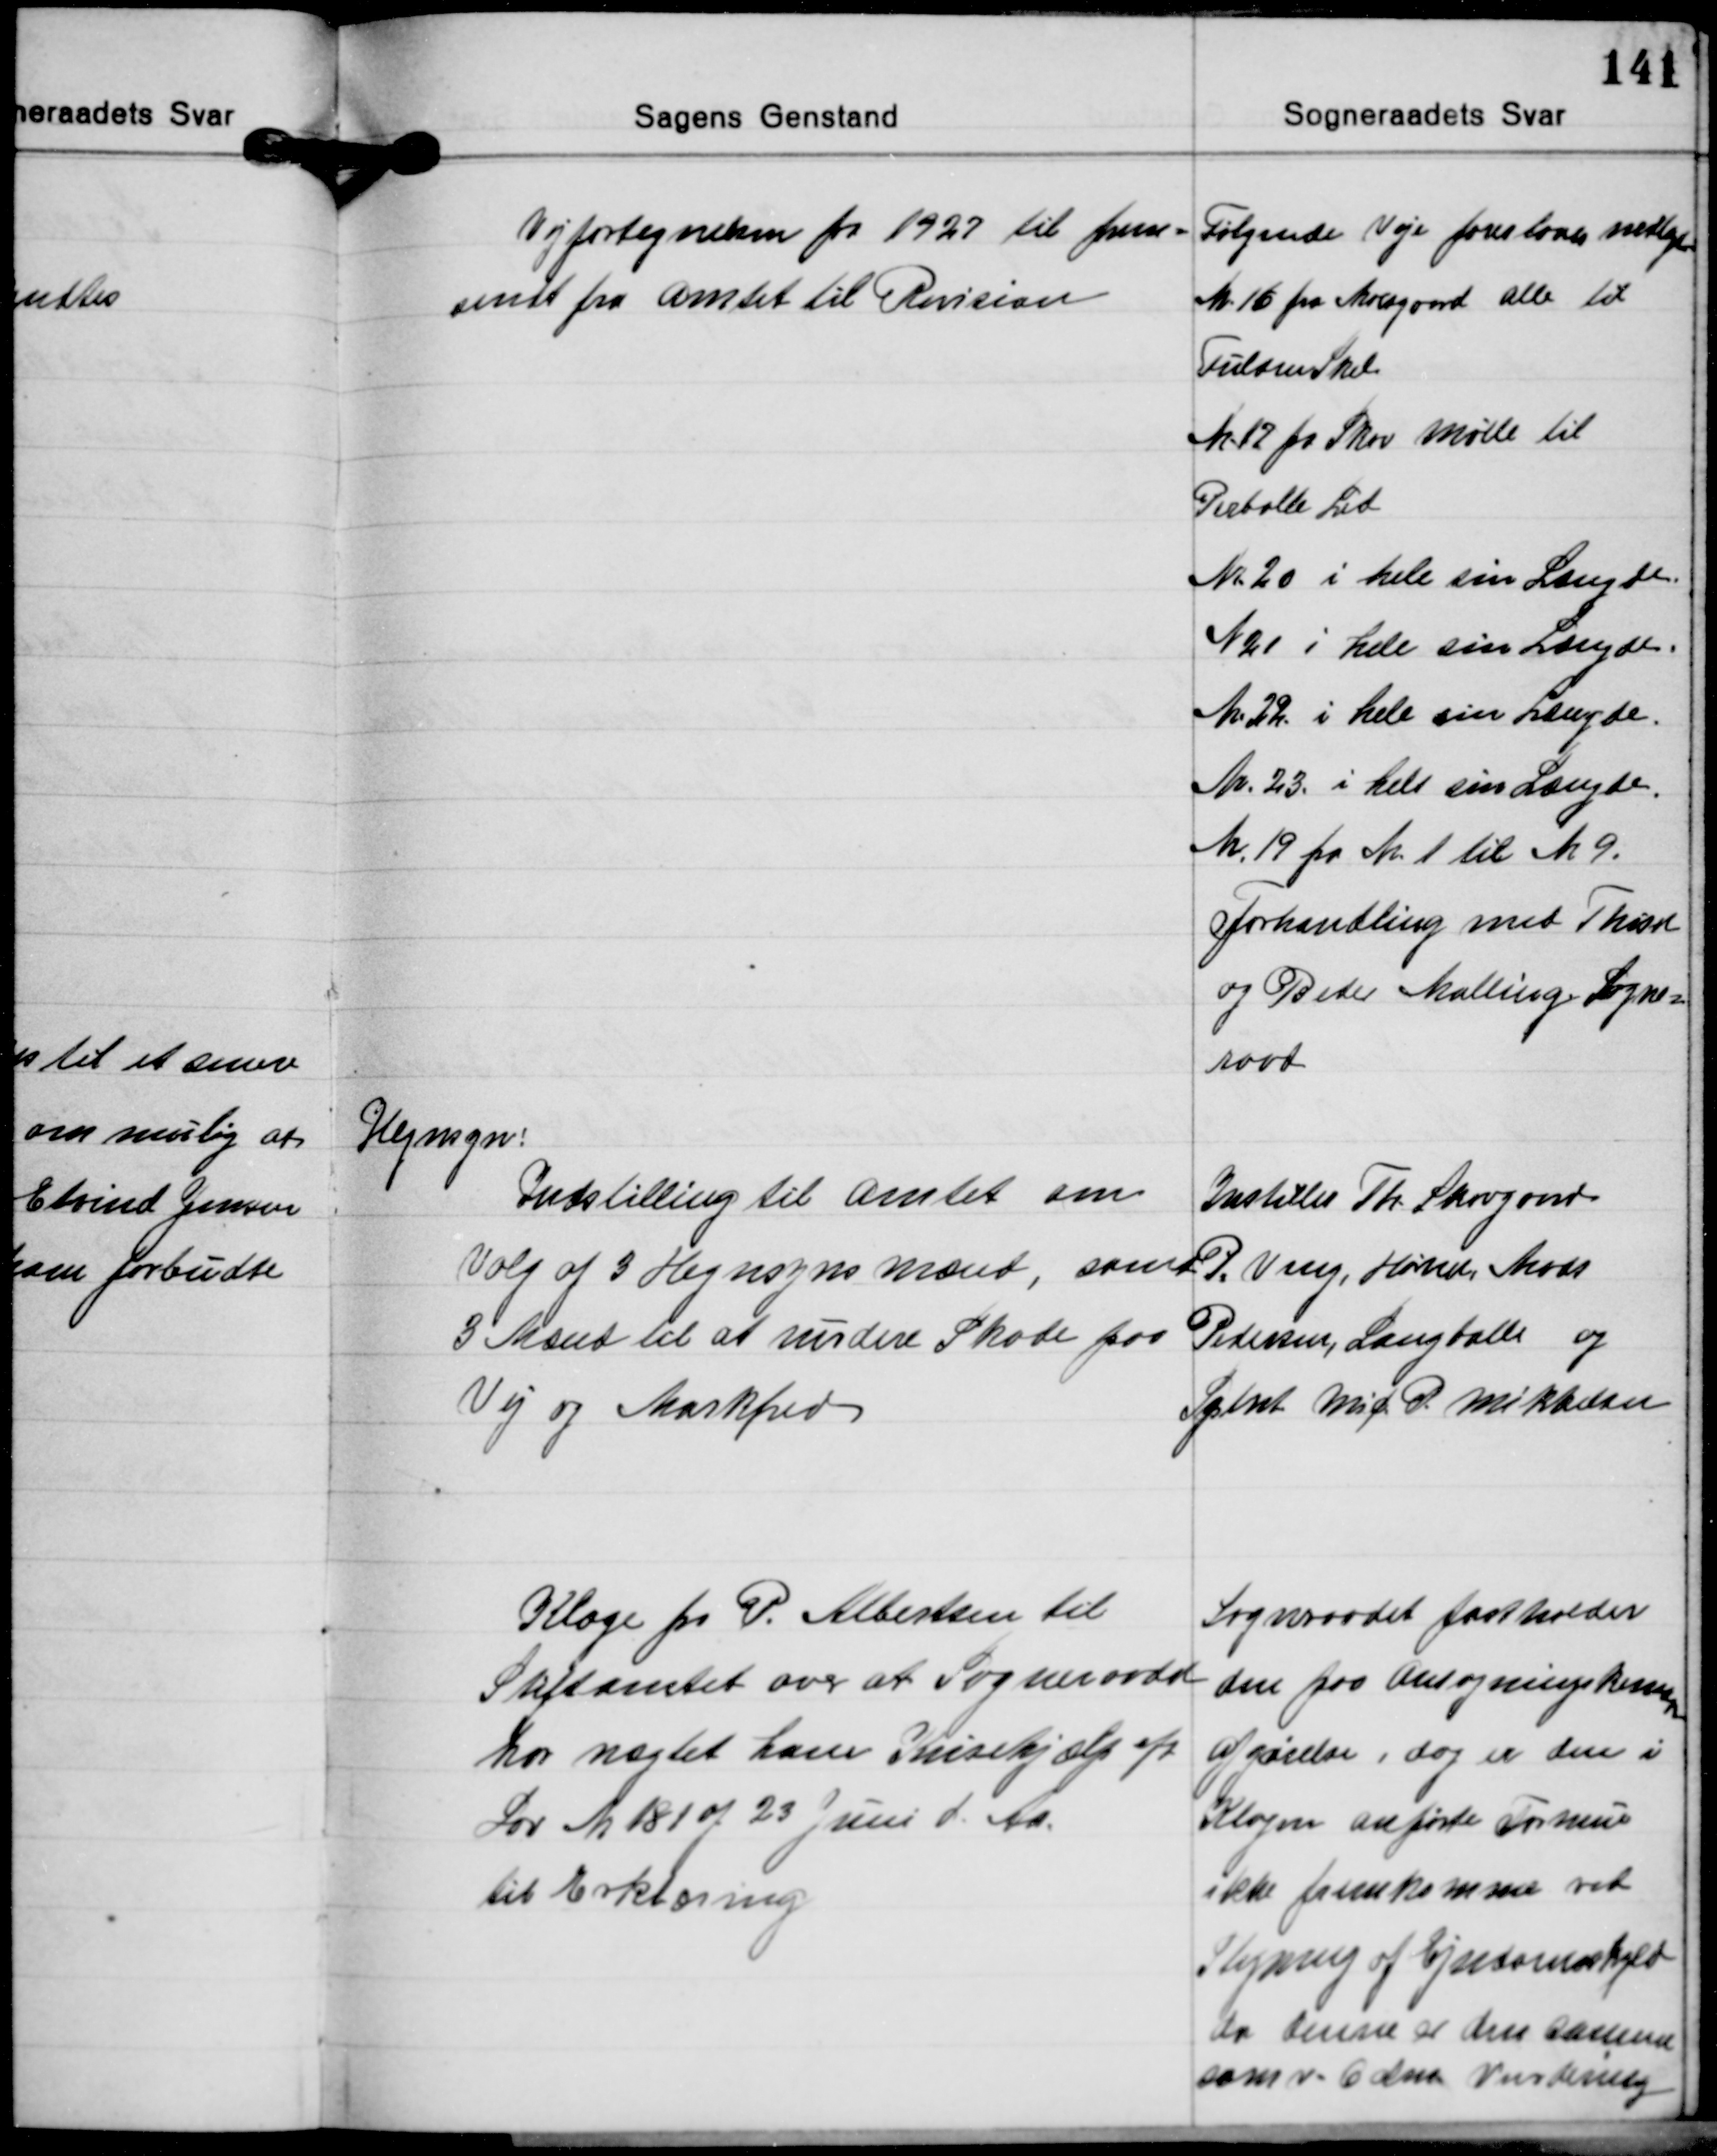
Transskription:
Vejfortegnelsen for 1927 til frem-
sendt fra Amtet til Revision

Følgende Veje foreslaaes nedlagt
Nr. 16 fra Moesgaard Alle til
Fulden Skel
Nr. 12 fra Skov Mølle til
Perballe Lid
Nr. 20 i hele sin Længde.
Nr. 21 i hele sin Længde.
Nr. 22. i hele sin Længde.
Nr. 23 i hele sin Længde.
Nr. 19 fr Nr. 1 til Nr. 9.
forhandling med Thise
og Beder Malling Sogne-
raad

Hegnsyn:
Indstilling til Amtet om
Valg af 3 Hegnsynsmænd, samt
3 Mænd til at vurdere Skade paa
Vej og Markfred

Instilles Th. Skovgaard
P. Veng, Hørret, Mads
Pedersen, Langballe og
Sgtnet Mic. P. Mikkelsen

Klage fra P. Albertsen til
Stiftamtet over at Sogneraadet
har nægtet ham Krisehjælp efter
Lov Nr. 181 af 23 Juni d. Aa.
til Erklæring

Sognraadet fastholder
den paa Ansøgningskema
Afgørelse, dog er den i
Klagen anførte Formue
ikke fremkommet ved
Stigning af Ejendomsskyld
da denne er den samme
som v. 6 alm. Vurdering